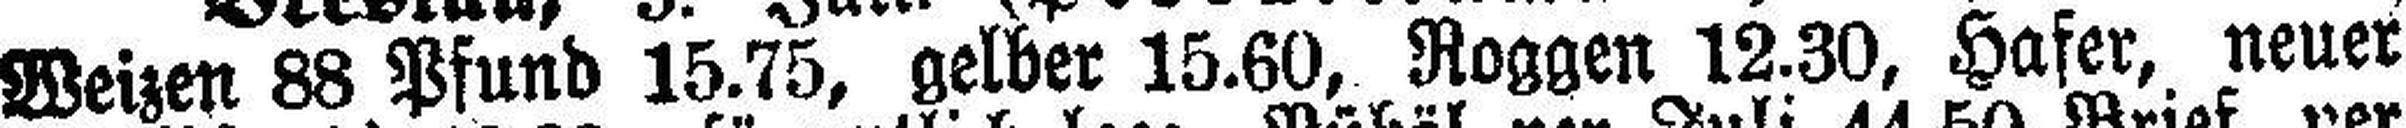
Weizen 88 Pfund 15.75, gelber 15.60, Roggen 12.30, Hafer, neuer